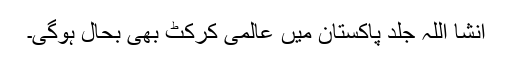
انشا اللہ جلد پاکستان میں عالمی کرکٹ بھی بحال ہوگی۔